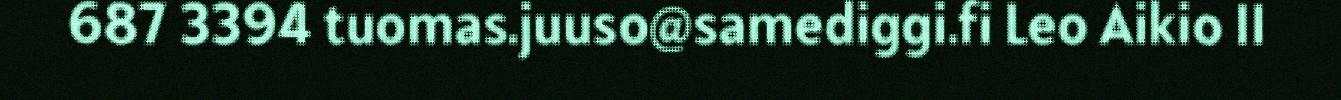
687 3394 tuomas.juuso@samediggi.fi Leo Aikio II